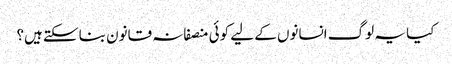
کیا یہ لوگ انسانوں کے لیے کوئی منصفانہ قانون بناسکتے ہیں؟